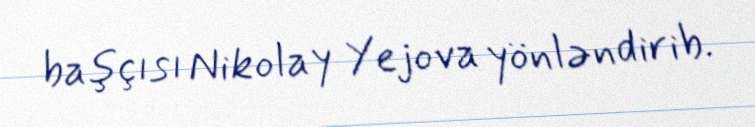
başçısı Nikolay Yejova yönləndirib.